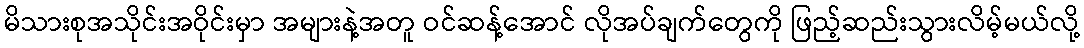
မိသားစုအသိုင်းအဝိုင်းမှာ အများနဲ့အတူ ဝင်ဆန့်အောင် လိုအပ်ချက်တွေကို ဖြည့်ဆည်းသွားလိမ့်မယ်လို့